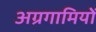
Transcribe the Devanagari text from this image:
अग्रगामियों